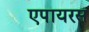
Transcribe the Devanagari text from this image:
एपायरस